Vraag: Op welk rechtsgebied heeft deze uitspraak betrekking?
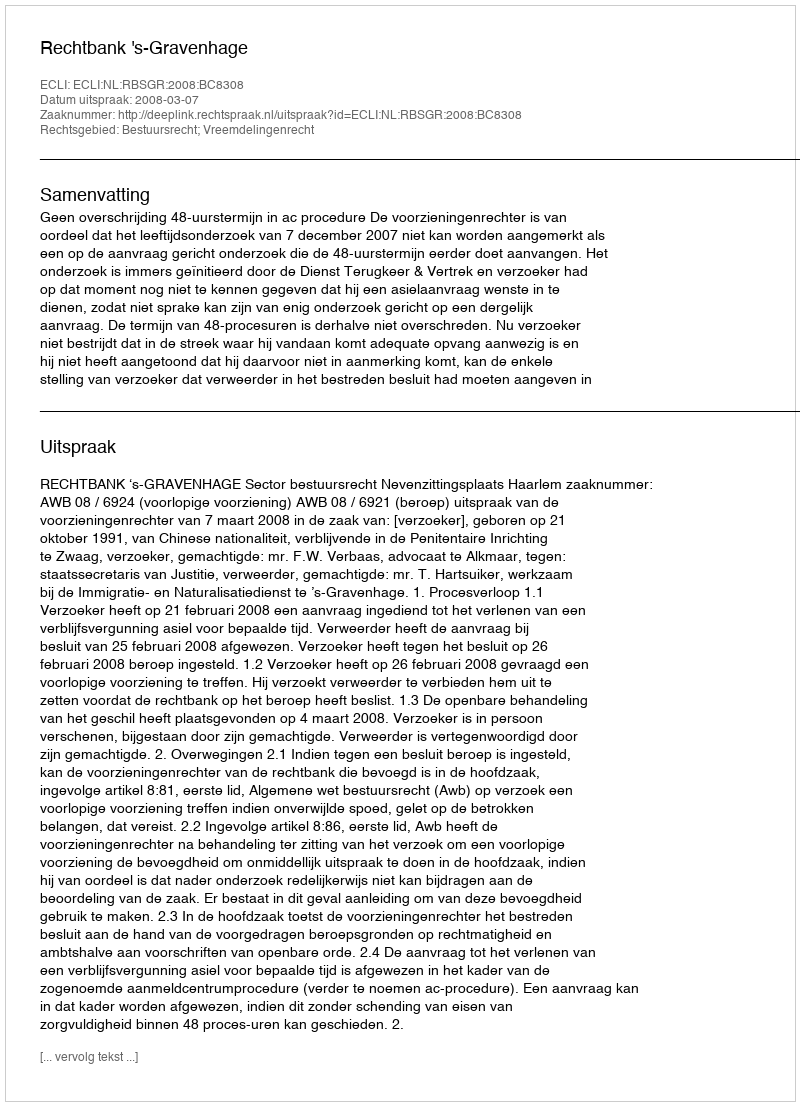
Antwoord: Bestuursrecht; Vreemdelingenrecht